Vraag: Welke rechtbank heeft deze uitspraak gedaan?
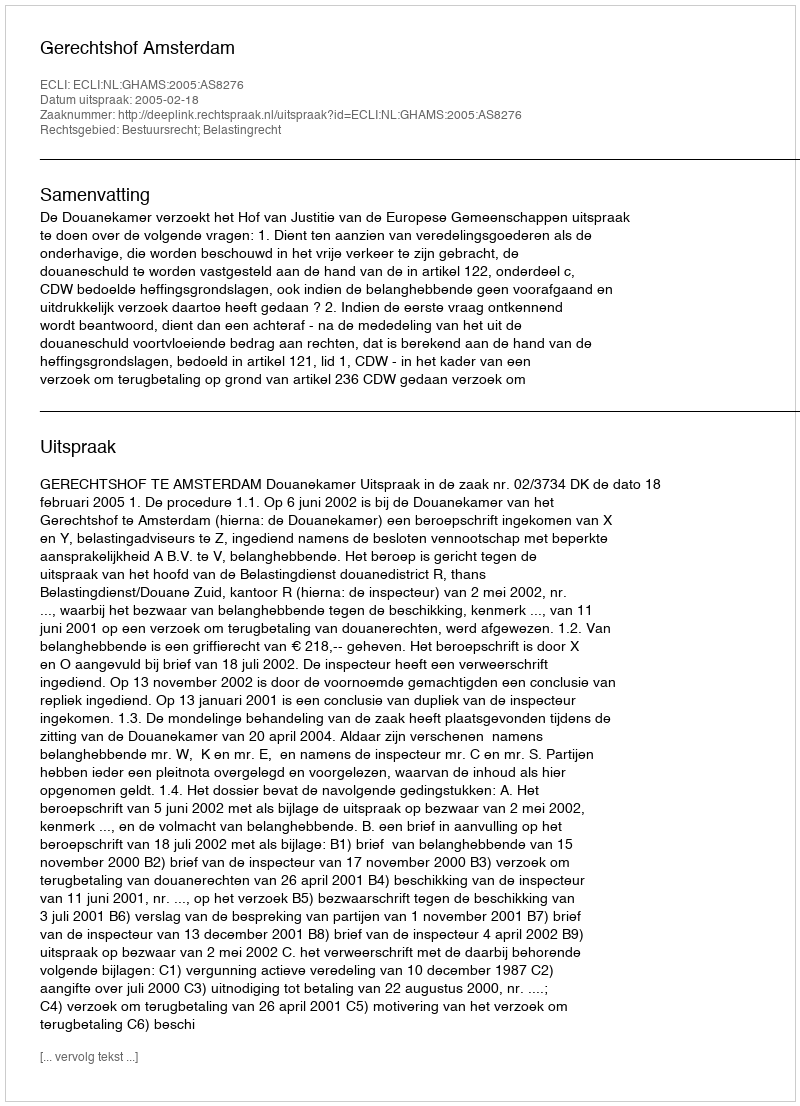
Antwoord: Gerechtshof Amsterdam